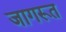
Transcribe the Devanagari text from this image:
जागरूत